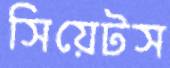
সিয়েটস